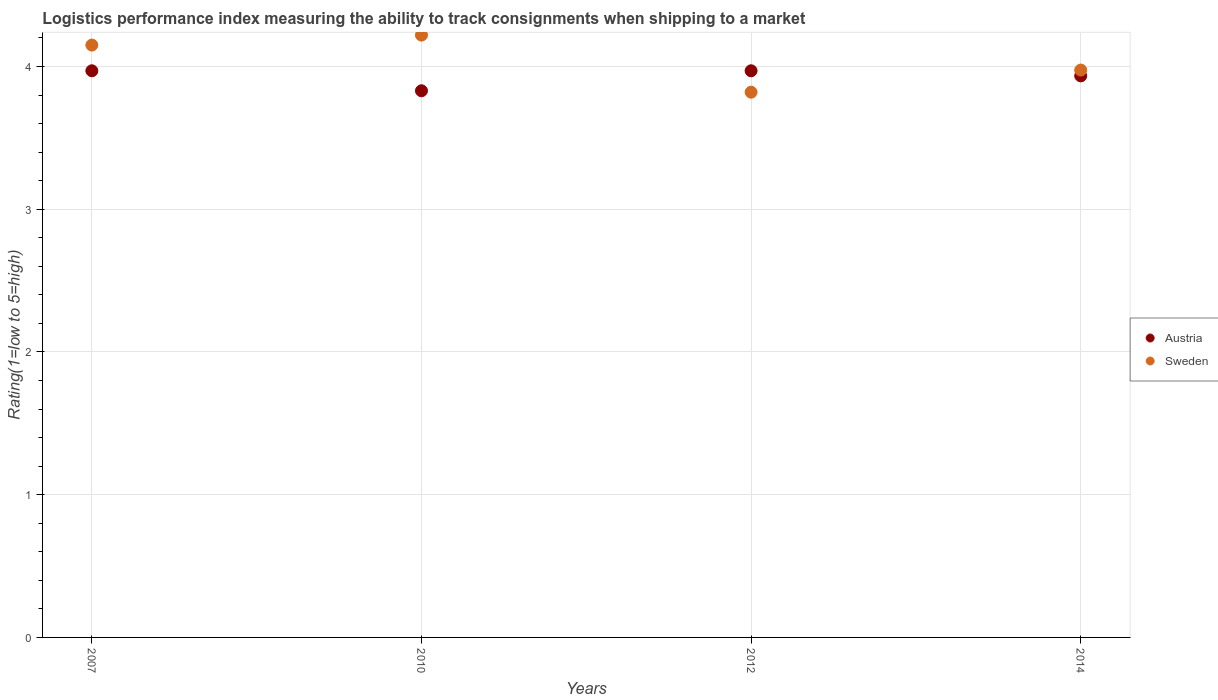
| Years | Austria | Sweden |
 | --- | --- | --- |
 | 2007 | 3.97 | 4.15 |
 | 2010 | 3.83 | 4.22 |
 | 2012 | 3.97 | 3.82 |
 | 2014 | 3.93 | 3.98 |